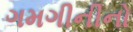
ગમગીનીનો